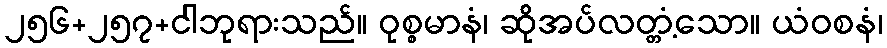
၂၅၆+၂၅၇+ငါဘုရားသည်။ ဝုစ္စမာနံ၊ ဆိုအပ်လတ္တံ့သော။ ယံဝစနံ၊